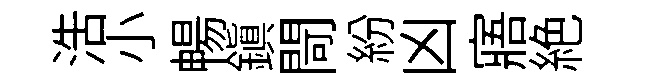
浩小暢鎭閜紛凶寤絶